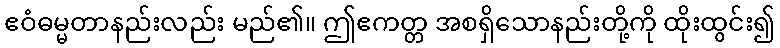
ဧဝံဓမ္မတာနည်းလည်း မည်၏။ ဤဧကတ္တ အစရှိသောနည်းတို့ကို ထိုးထွင်း၍